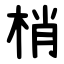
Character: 梢